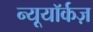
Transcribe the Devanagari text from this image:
न्यूयॉर्कज़